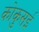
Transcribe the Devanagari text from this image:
कोकुसई